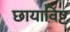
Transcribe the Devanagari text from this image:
छायाविष्ट